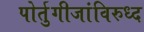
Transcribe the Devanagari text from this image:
पोर्तुगीजांविरुध्द